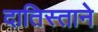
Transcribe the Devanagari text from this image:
दातिस्ताने